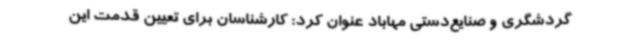
گردشگری و صنایع‌دستی مهاباد عنوان کرد: کارشناسان برای تعیین قدمت این